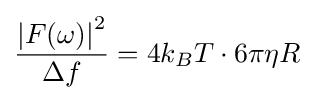
{\frac {\left|F(\omega )\right|^{2}}{\Delta f}}=4k_{B}T\cdot 6\pi \eta R